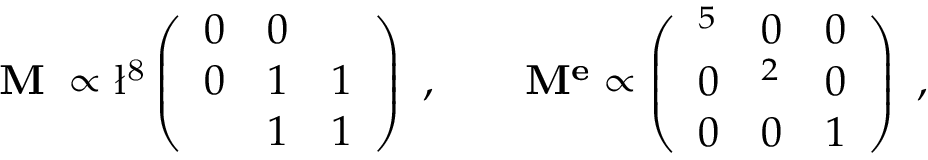
\bf M ^ { \nu } \propto \mathrm { \l ^ { 8 } } \left( \begin{array} { l l l } { { 0 } } & { { 0 } } & { { \l } } \\ { { 0 } } & { { 1 } } & { { 1 } } \\ { { \l } } & { { 1 } } & { { 1 } } \end{array} \right) \ , \qquad \bf M ^ { e } \propto \left( \begin{array} { l l l } { { \l ^ { 5 } } } & { { 0 } } & { { 0 } } \\ { { 0 } } & { { \l ^ { 2 } } } & { { 0 } } \\ { { 0 } } & { { 0 } } & { { 1 } } \end{array} \right) \ ,